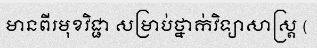
មានពីរមុខវិជ្ជា សម្រាប់ថ្នាក់វិទ្យាសាស្ត្រ (